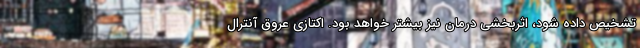
تشخیص داده شود، اثربخشی درمان نیز بیشتر خواهد بود. اکتازی عروق آنترال